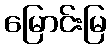
မြောင်းမြ